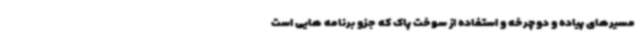
مسیرهای پیاده و دوچرخه و استفاده از سوخت پاک که جزو برنامه هایی است